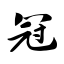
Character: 冠